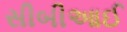
સીબીઆઈ